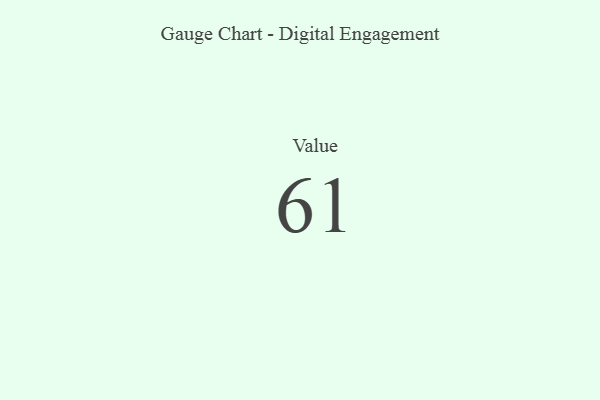
{"axis": {"x": "Metric", "y": "Value"}, "legend": [""], "data": [{"x": "Value", "y": 61, "type": ""}]}